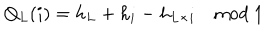
Q _ { L } ( i ) = h _ { L } + h _ { i } - h _ { L \times i } \quad \mathrm { m o d } \ 1